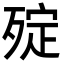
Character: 㱨